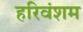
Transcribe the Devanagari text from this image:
हरिवंशम